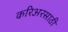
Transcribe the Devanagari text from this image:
करिअरसाठी